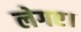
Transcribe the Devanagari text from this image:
लेगए।